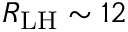
R _ { \mathrm { L H } } \sim 1 2 \